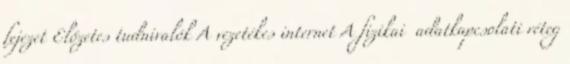
fejezet Előzetes tudnivalók A vezetékes internet A fizikai adatkapcsolati réteg